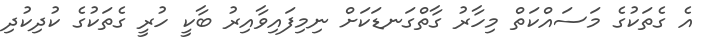
އެ ގެތަކުގެ މަސައްކަތް މިހާރު ގާތްގަނޑަކަށް ނިމިފައިވާއިރު ބާކީ ހުރީ ގެތަކުގެ ކުދިކުދި